Indian Medical Review
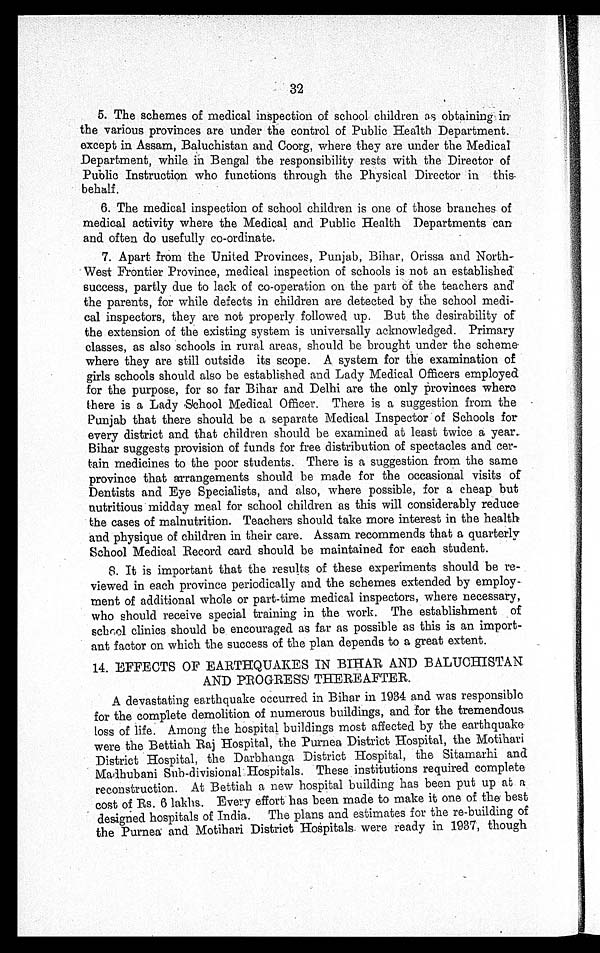
32
5. The schemes of medical inspection of school children as obtaining in
the various provinces are under the control of Public Health Department
except in Assam, Baluchistan and Coorg, where they are under the Medical
Department while in Bengal the responsibility rests with the Director of
Public Instruction who functions through the Physical Director in this
behalf.
6. The medical inspection of school children is one of those branches of
medical activity where the Medical and Public Health Departments can
and often do usefully co-ordinate.
7. Apart from the United Provinces, Punjab, Bihar, Orissa and North-
- West Frontier Province, medical inspection of schools is not an established
success, partly due to lack of co-operation on the part of the teachers and
the parents, for while defects in children are detected by the school medi-
cal inspectors, they are not properly followed up. But the desirability of
the extension of the existing system is universally acknowledged. Primary
classes, as also schools in rural areas, should be brought under the scheme
where they are still outside its scope. A system for the examination of
girls schools should also be established and Lady Medical Officers employed
for the purpose, for so far Bihar and Delhi are the only provinces where
there is a Lady School Medical Officer. There is a suggestion from the
Punjab that there should be a separate Medical Inspector of Schools for
every district and that children should be examined at least twice a year.
Bihar suggests provision of funds for free distribution of spectacles and cer--
tain medicines to the poor students. There is a suggestion from the same
province that arrangements should be made for the occasional visits of
Dentists and Eye Specialists, and also, where possible, for a cheap but
nutritious midday meal for school children as this will considerably reduce
the cases of malnutrition. Teachers should take more interest in the health
and physique of children in their care. Assam recommends that a quarterly
School Medical Record card should be maintained for each student.
8. It is important that the results of these experiments should be re-
viewed in each province periodically and the schemes extended by employ-
ment of additional whole or part-time medical inspectors, where necessary,
who should receive special training in the work. The establishment of
school clinics should be encouraged as far as possible as this is an import-
ant factor on which the success of the plan depends to a great extent.
14. EFFECTS OF EARTHQUAKES IN BIHAR AND BALUCHISTAN
AND PROGRESS THEREAFTER.
A devastating earthquake occurred in Bihar in 1934 and was responsible
for the complete demolition of numerous buildings, and for the tremendous
l o s s o f l i f e . A m o n g t h e h o s p i t a l b u i l d i n g s m o s t a f f e c t e d b y t h e e a r t h q u a k e
were the Bettiah Raj Hospital, the Purnea District Hospital, the Motihari
District Hospital, the Darbhanga District Hospital, the Sitamarhi and
Madhubani Sub-divisional Hospitals. These institutions required complete
reconstruction. At Bettiah a new hospital building has been put up at a
cost of Rs. 6 lakhs. Every effort has been made to make it one of the best
designed hospitals of India. The plans and estimates for the re-building of
the Purnea and Motihari District Hospitals were ready in 1937, though